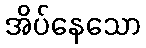
အိပ်နေသော